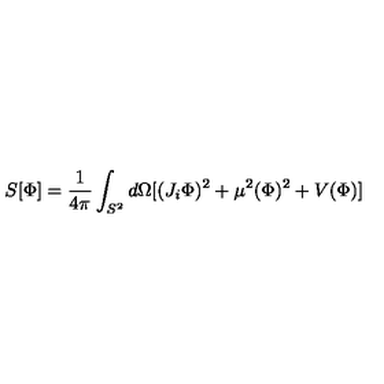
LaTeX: S [ \Phi ] = \frac { 1 } { 4 \pi } \int _ { S ^ { 2 } } d \Omega [ ( J _ { i } \Phi ) ^ { 2 } + \mu ^ { 2 } ( \Phi ) ^ { 2 } + V ( \Phi ) ]